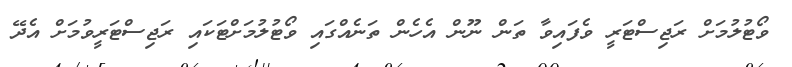
ވޯޓުލުމަށް ރަޖިސްޓަރީ ވެފައިވާ ތަން ނޫން އެހެން ތަނެއްގައި ވޯޓުލުމަށްޓަކައި ރަޖިސްޓަރީވުމަށް އެދޭ